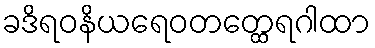
ခဒိရဝနိယရေဝတတ္ထေရဂါထာ